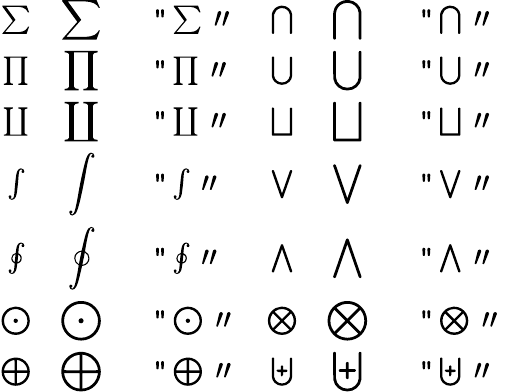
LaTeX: \begin{array}{cclccl}{\sum}&{\displaystyle\sum}&{\mathrm{~\verb ~ "~\sum~"~}}&{\bigcap}&{\displaystyle\bigcap}&{\mathrm{~\verb ~ "~\bigcap~"~}}\\ {\prod}&{\displaystyle\prod}&{\mathrm{~\verb ~ "~\prod~"~}}&{\bigcup}&{\displaystyle\bigcup}&{\mathrm{~\verb ~ "~\bigcup~"~}}\\ {\coprod}&{\displaystyle\coprod}&{\mathrm{~\verb ~ "~\coprod~"~}}&{\bigsqcup}&{\displaystyle\bigsqcup}&{\mathrm{~\verb ~ "~\bigsqcup~"~}}\\ {\int}&{\displaystyle\int}&{\mathrm{~\verb ~ "~\int~"~}}&{\bigvee}&{\displaystyle\bigvee}&{\mathrm{~\verb ~ "~\bigvee~"~}}\\ {\oint}&{\displaystyle\oint}&{\mathrm{~\verb ~ "~\oint~"~}}&{\bigwedge}&{\displaystyle\bigwedge}&{\mathrm{~\verb ~ "~\bigwedge~"~}}\\ {\bigodot}&{\displaystyle\bigodot}&{\mathrm{~\verb ~ "~\bigodot~"~}}&{\bigotimes}&{\displaystyle\bigotimes}&{\mathrm{~\verb ~ "~\bigotimes~"~}}\\ {\bigoplus}&{\displaystyle\bigoplus}&{\mathrm{~\verb ~ "~\bigoplus~"~}}&{\biguplus}&{\displaystyle\biguplus}&{\mathrm{~\verb ~ "~\biguplus~"~}}\end{array}